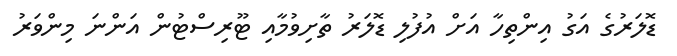
ޑޮލަރުގެ އަގު އިންތިހާ އަށް އުފުލި ޑޮލަރު ތާށިވުމާއި ޓޫރިސްޓުން އަންނަ މިންވަރު